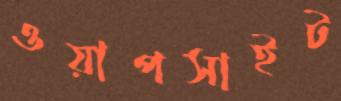
ওয়াপসাইট